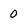
Character: 0